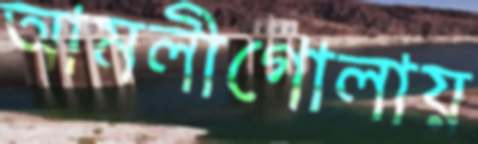
আমলীগোলায়